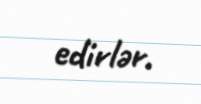
edirlər.